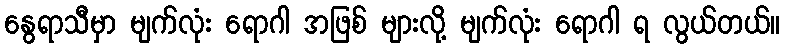
နွေရာသီမှာ မျက်လုံး ရောဂါ အဖြစ် များလို့ မျက်လုံး ရောဂါ ရ လွယ်တယ်။